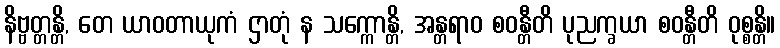
နိဗ္ဗတ္တန္တိ, တေ ယာဝတာယုကံ ဌာတုံ န သက္ကောန္တိ, အန္တရာဝ စဝန္တီတိ ပုညက္ခယာ စဝန္တီတိ ဝုစ္စန္တိ။